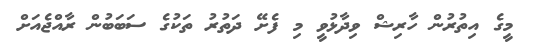
މީގެ އިތުރުން ހާރިޝް ވިދާޅުވީ މި ފެށޭ ދަތުރު ތަކުގެ ސަބަބުން ރާއްޖެއަށް